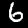
Digit: 6